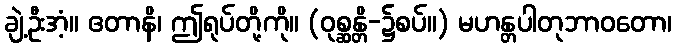
ချဲ့ဦးအံ့။ ဧတာနိ၊ ဤရုပ်တို့ကို။ (ဝုစ္ဆန္တိ-၌စပ်။) မဟန္တပါတုဘာဝတော၊